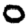
Digit: 0